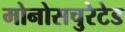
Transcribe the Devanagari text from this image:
मोनोसचुरेटेड